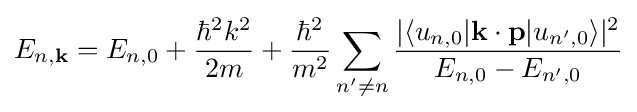
E_{n,\mathbf {k} }=E_{n,0}+{\frac {\hbar ^{2}k^{2}}{2m}}+{\frac {\hbar ^{2}}{m^{2}}}\sum _{n'\neq n}{\frac {|\langle u_{n,0}|\mathbf {k} \cdot \mathbf {p} |u_{n',0}\rangle |^{2}}{E_{n,0}-E_{n',0}}}